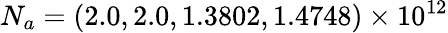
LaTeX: N_{a}=(2.0,2.0,1.3802,1.4748)\times 10^{12}